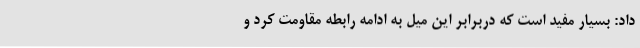
داد: بسیار مفید است که دربرابر این میل به ادامه رابطه مقاومت کرد و